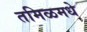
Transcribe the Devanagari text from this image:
तमिळमधे